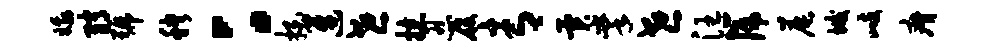
娥绡号秧：拍迓世掠忍履青异掌世汪篪晨垢歧瘠